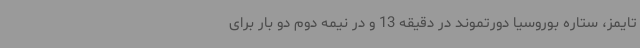
تایمز، ستاره بوروسیا دورتموند در دقیقه 13 و در نیمه دوم دو بار برای